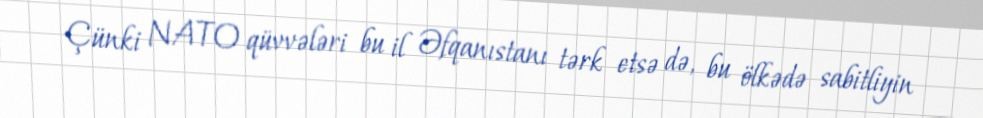
Çünki NATO qüvvələri bu il Əfqanıstanı tərk etsə də, bu ölkədə sabitliyin